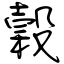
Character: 穀